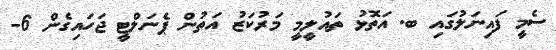
ސެމީ ފައިނަލުގައި ބ. އަތޮޅު ތައުލީމީ މަރުކަޒު އަތުން ޕެނަލްޓީ ޖަހައިގެން 6-